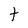
Character: t